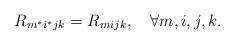
LaTeX: \begin{align*}R_{m^{*}i^{*}jk}=R_{mijk},\quad\forall m,i,j,k.\end{align*}